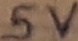
Text: 5V